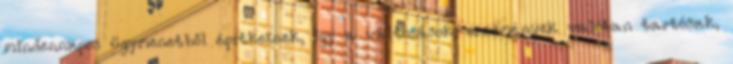
mindennapos ügymenetből építkeznek, így a változások, eredmények valóban tartósak,